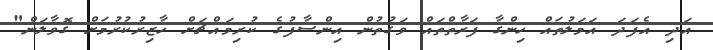
އަދި އެފަދަ އަމަލުތައް ހިންގާ ފަރާތްތައް ވަގުތުން އިންސާފުގެ ކުރިމައްޗަށް ހާޒިރުކުރުމަށް ގޮވާލަން"